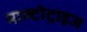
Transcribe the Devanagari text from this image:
माल्टोट्राइज